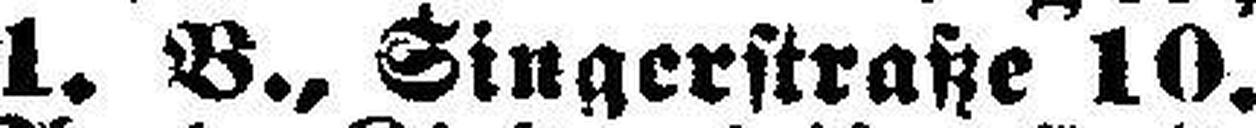
1. B., Singerstraße 10.